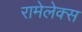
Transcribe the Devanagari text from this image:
रामेलेक्स